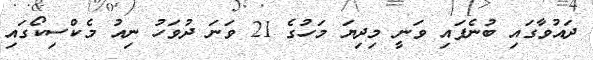
ދައުވާގައި ބުނެފައި ވަނީ މިދިޔަ މަހުގެ 21 ވަނަ ދުވަހު ނިއު މެކްސިކޯގައި